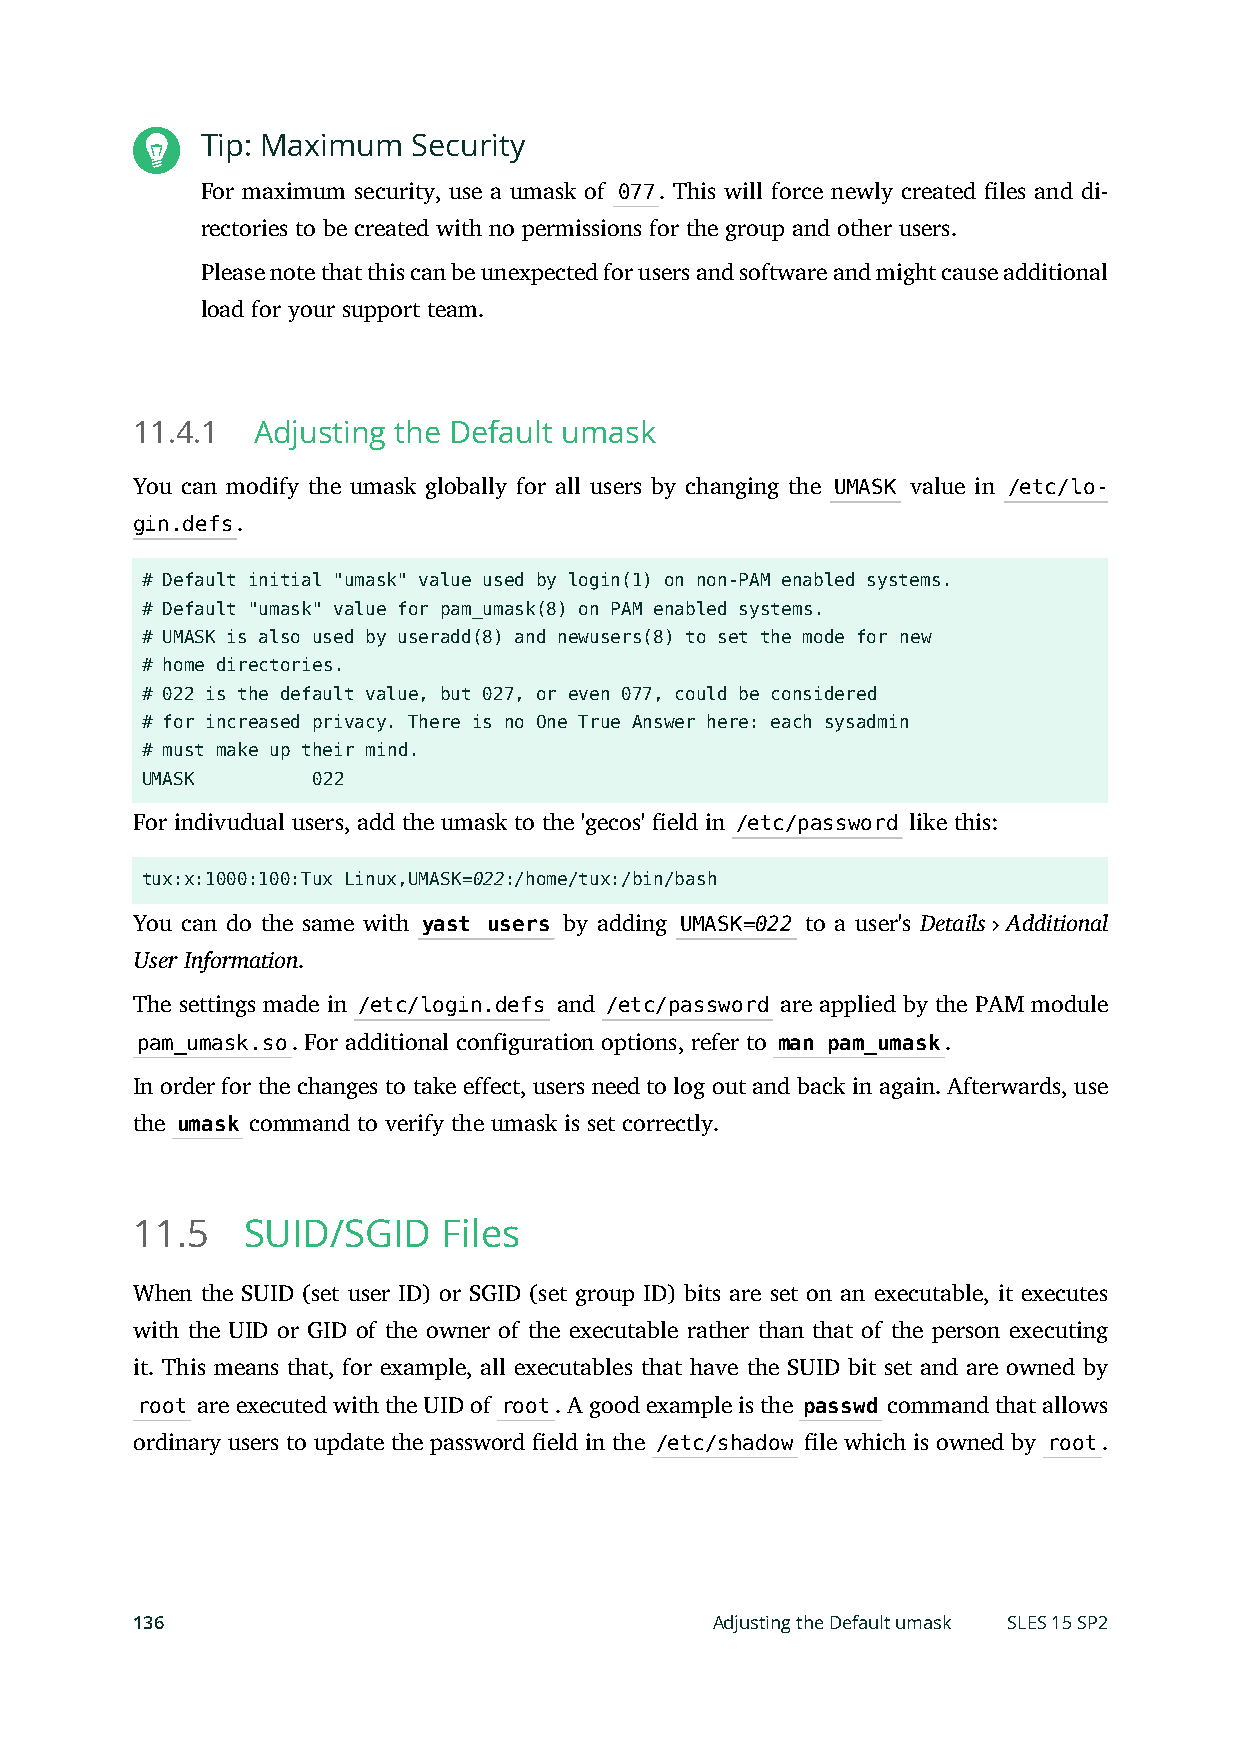
Tip: Maximum  Security
 For maximum security, use a umask of 077. This will force newly created les and di-
 rectories to be created with no permissions for the group and other users.
 Please note that this can be unexpected for users and software and might cause additional
 load for your support team.
 11.4.1  Adjusting the Default umask
 You can modify the umask globally for all users by changing the UMASK value in /etc/lo-
 gin.defs.
 # Default initial "umask" value used by login(1) on non-PAM enabled systems.
 # Default "umask" value for pam_umask(8) on PAM enabled systems.
 # UMASK is also used by useradd(8) and newusers(8) to set the mode for new
 # home directories.
 # 022 is the default value, but 027, or even 077, could be considered
 # for increased privacy. There is no One True Answer here: each sysadmin
 # must make up their mind.
 UMASK       022
 For indivudual users, add the umask to the 'gecos' eld in /etc/password like this:
 tux:x:1000:100:Tux Linux,UMASK=022:/home/tux:/bin/bash
 You can do the same with yast users by adding UMASK=022 to a user's Details Additional
 User Information.
 The settings made in /etc/login.defs and /etc/password are applied by the PAM module
 pam_umask.so. For additional configuration options, refer to man pam_umask.
 In order for the changes to take effect, users need to log out and back in again. Afterwards, use
 the umask command to verify the umask is set correctly.
 11.5   SUID/SGID    Files
 When the SUID (set user ID) or SGID (set group ID) bits are set on an executable, it executes
 with the UID or GID of the owner of the executable rather than that of the person executing
 it. This means that, for example, all executables that have the SUID bit set and are owned by
 root are executed with the UID of root. A good example is the passwd command that allows
 ordinary users to update the password eld in the /etc/shadow le which is owned by root.
 136                                   Adjusting the Default umask SLES 15 SP2